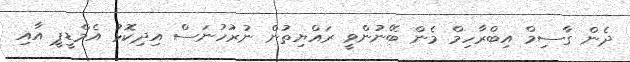
ދެން ގާސިމް އިބްރާހިމް މެން ބޭނުންވީ ރައްޔިތުން ނުރުހުނަސް އިދިކޮޅު އެމްޑީޕީ އާއި